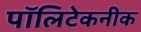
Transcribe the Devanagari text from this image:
पॉलिटेकनीक